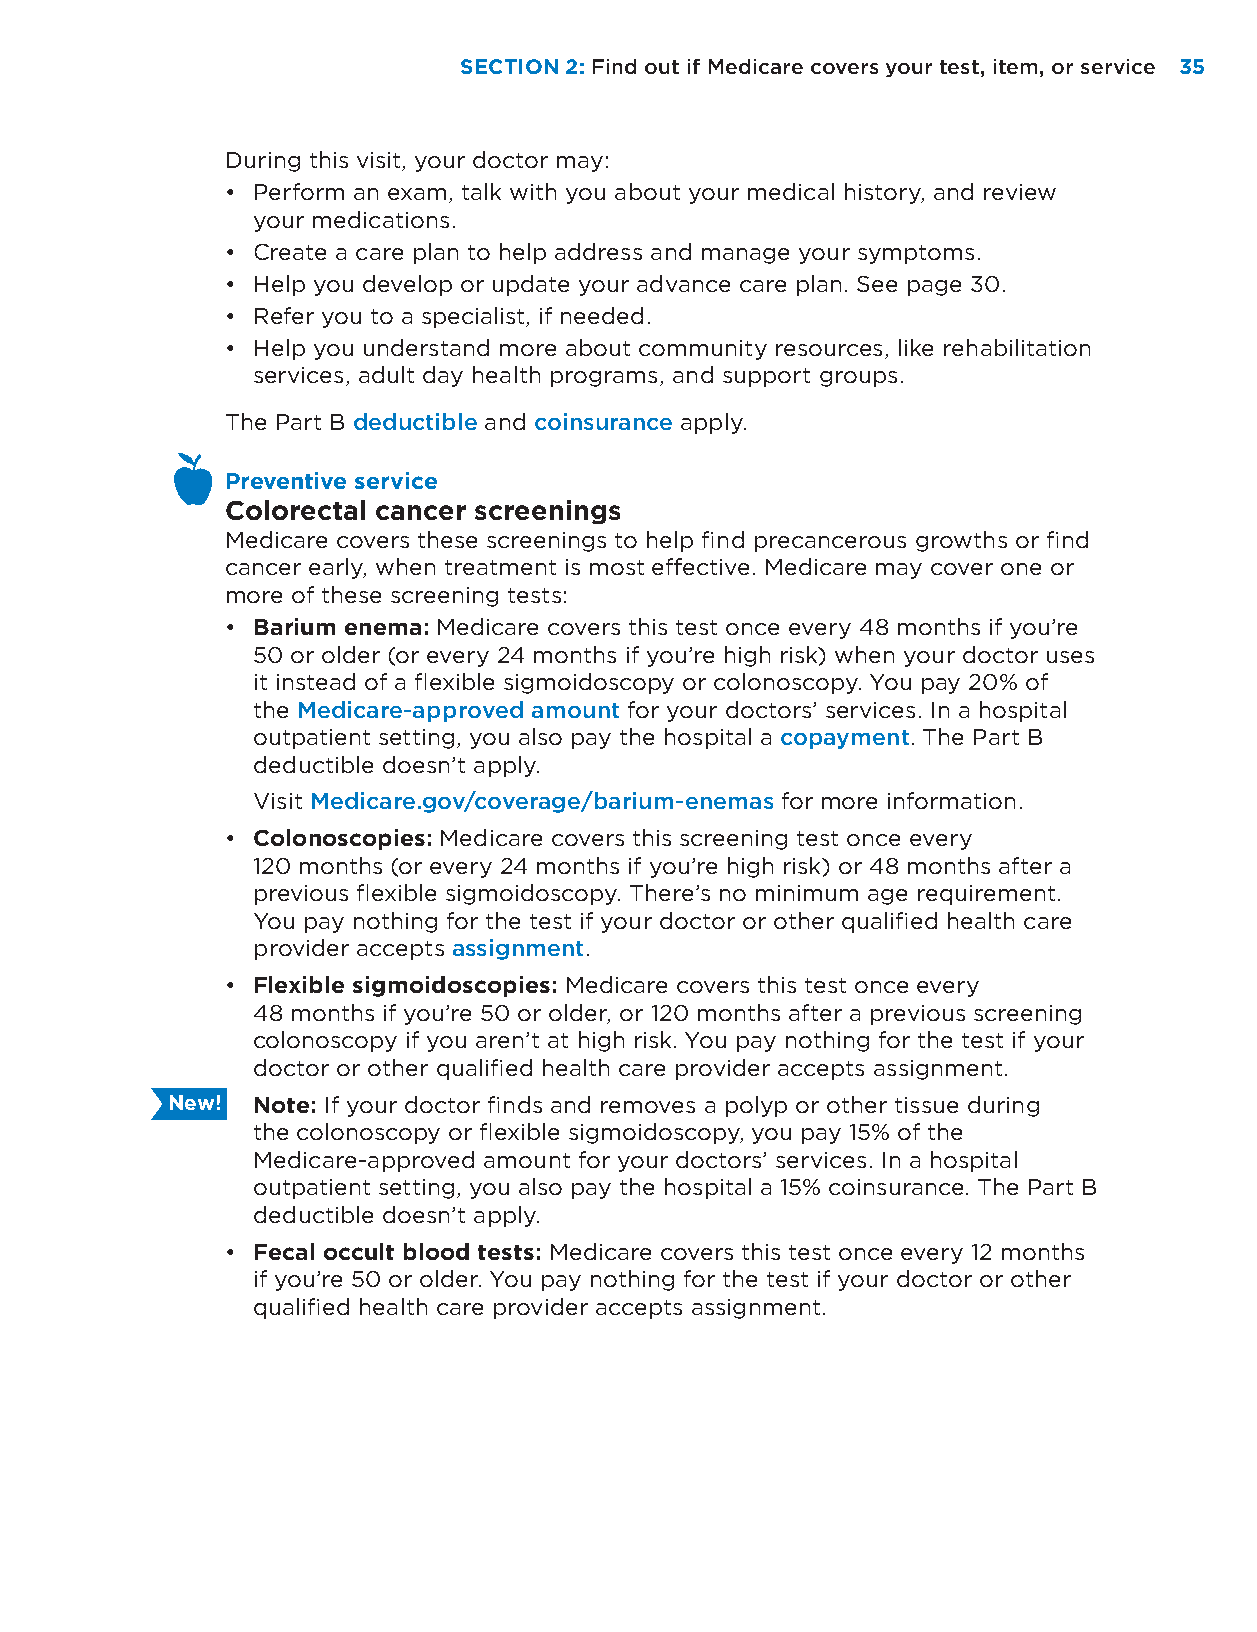
SECTION 2: Find out if Medicare covers your test, item, or service 35
 During this visit, your doctor may:
 • Perform an exam, talk with you about your medical history, and review
 your medications.
 • Create a care plan to help address and manage your symptoms.
 • Help you develop or update your advance care plan. See page 30.
 • Refer you to a specialist, if needed.
 • Help you understand more about community resources, like rehabilitation
 services, adult day health programs, and support groups.
 The Part B deductible and coinsurance apply.
 Preventive service
 Colorectal cancer screenings
 Medicare covers these screenings to help find precancerous growths or find
 cancer early, when treatment is most effective. Medicare may cover one or
 more of these screening tests:
 • Barium enema: Medicare covers this test once every 48 months if you’re
 50 or older (or every 24 months if you’re high risk) when your doctor uses
 it instead of a flexible sigmoidoscopy or colonoscopy. You pay 20% of
 the Medicare-approved amount for your doctors’ services. In a hospital
 outpatient setting, you also pay the hospital a copayment. The Part B
 deductible doesn’t apply.
 Visit Medicare.gov/coverage/barium-enemas for more information.
 • Colonoscopies: Medicare covers this screening test once every
 120 months (or every 24 months if you’re high risk) or 48 months after a
 previous flexible sigmoidoscopy. There’s no minimum age requirement.
 You pay nothing for the test if your doctor or other qualified health care
 provider accepts assignment.
 • Flexible sigmoidoscopies: Medicare covers this test once every
 48 months if you’re 50 or older, or 120 months after a previous screening
 colonoscopy if you aren’t at high risk. You pay nothing for the test if your
 doctor or other qualified health care provider accepts assignment.
 New!  Note: If your doctor finds and removes a polyp or other tissue during
 the colonoscopy or flexible sigmoidoscopy, you pay 15% of the
 Medicare-approved amount for your doctors’ services. In a hospital
 outpatient setting, you also pay the hospital a 15% coinsurance. The Part B
 deductible doesn’t apply.
 • Fecal occult blood tests: Medicare covers this test once every 12 months
 if you’re 50 or older. You pay nothing for the test if your doctor or other
 qualified health care provider accepts assignment.